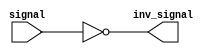
module RTL_inverter (
    input signal,
    output inv_signal
);

assign inv_signal = ~signal;

endmodule